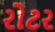
રોટર